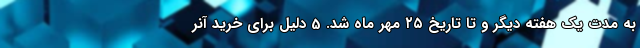
به مدت یک هفته دیگر و تا تاریخ ۲۵ مهر ماه شد. 5 دلیل برای خرید آنر